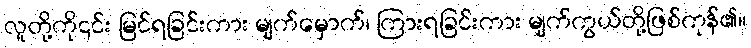
လူတို့ကို၎င်း မြင်ရခြင်းကား မျက်မှောက်၊ ကြားရခြင်းကား မျက်ကွယ်တို့ဖြစ်ကုန်၏။